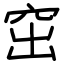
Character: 窋